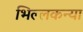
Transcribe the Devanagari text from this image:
भिल्लकन्या